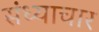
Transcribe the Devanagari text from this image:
संध्याचार